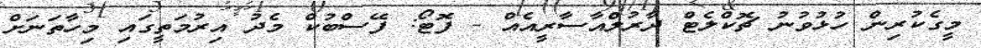
މީގެކުރިން ހުޅުވުނު ޗޮކްލެޓް ދާރުލްއާސާރީއެއް - ފޮޓޯ: ފޭސްބުކް މެދު އިރުމަތީގައި މިހާތަނަށް